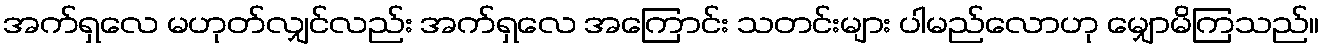
အက်ရှလေ မဟုတ်လျှင်လည်း အက်ရှလေ အကြောင်း သတင်းများ ပါမည်လောဟု မျှောမိကြသည်။